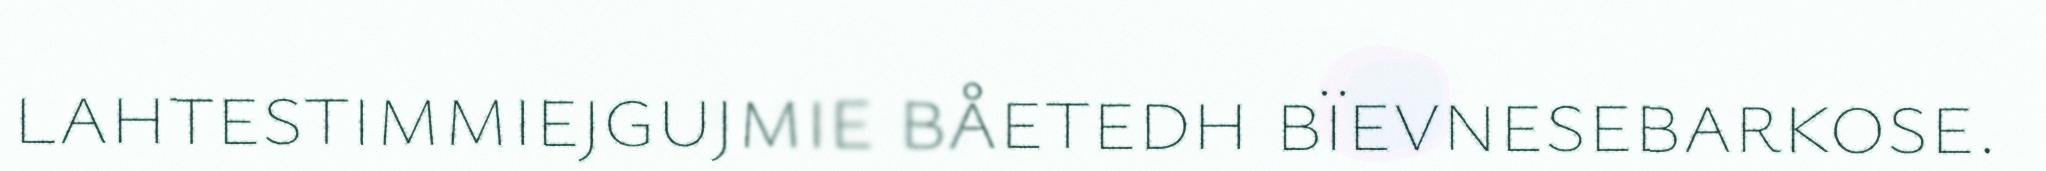
lahtestimmiejgujmie båetedh bïevnesebarkose.